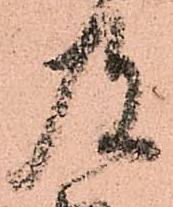
及